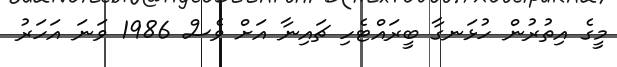
މީގެ އިތުރުން ހުޅަނގާ ބީރައްޓެހި ޗައިނާ އަށް ވެސް 1986 ވަނަ އަހަރު